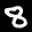
Label: 8